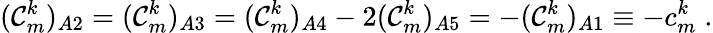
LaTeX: ({\cal C}_{m}^{k})_{A2}=({\cal C}_{m}^{k})_{A3}=({\cal C}_{m}^{k})_{A4}-2({\cal C}_{m}^{k})_{A5}=-({\cal C}_{m}^{k})_{A1}\equiv-c_{m}^{k}\; .